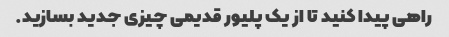
راهی پیدا کنید تا از یک پلیور قدیمی چیزی جدید بسازید.